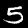
Label: 5